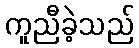
ကူညီခဲ့သည်